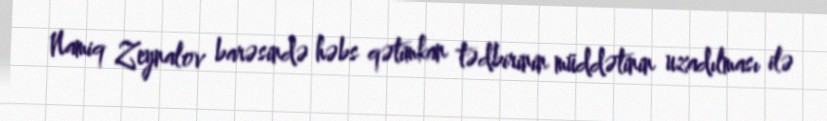
Namiq Zeynalov barəsində həbs qətimkan tədbirinin müddətinin uzadılması ilə